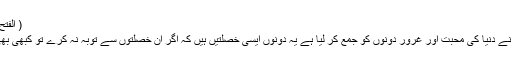
( الفتح الربانی مجلس 44)
* تجھ پر افسوس تو نے دنیا کی محبت اور غرور دونوں کو جمع کر لیا ہے یہ دونوں ایسی خصلتیں ہیں کہ اگر ان خصلتوں سے توبہ نہ کرے تو کبھی بھی فلاح نہیں پا سکتا۔